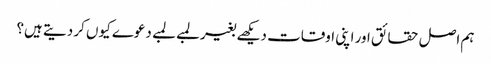
ہم اصل حقائق اور اپنی اوقات دیکھے بغیر لمبے لمبے دعوے کیوں کر دیتے ہیں؟